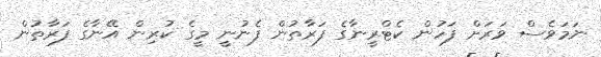
ނަމަވެސް ވަރަށް ފަހުން ކެޓްރީނާގެ ފަރާތުން ފެނުނީ މީގެ ކުރިން އޭނާގެ ފަރާތުން